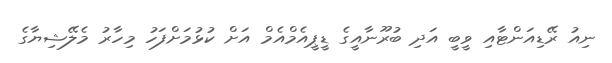
ނިއު ރޭޑިއަންޓާއި ވީބީ އަދި ބުރޫނާއީގެ ޑީޕީއެމްއެމް އަށް ކުޅުމަށްފަހު މިހާރު މެލޭޝިޔާގެ